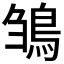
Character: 𩿿